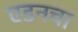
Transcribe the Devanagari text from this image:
एडनचा